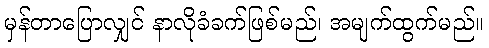
မှန်တာပြောလျှင် နာလိုခံခက်ဖြစ်မည်၊ အမျက်ထွက်မည်။